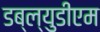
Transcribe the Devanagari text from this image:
डब्ल्युडीएम